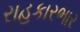
રાહકારભાર